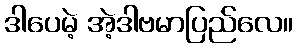
ဒါပေမဲ့ အဲ့ဒါဗမာပြည်လေ။